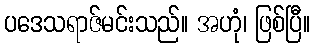
ပဒေသရာဇ်မင်းသည်။ အဟုံ၊ ဖြစ်ပြီ။